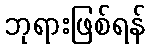
ဘုရားဖြစ်ရန်